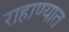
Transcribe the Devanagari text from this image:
राहाण्यात